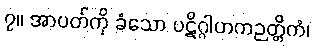
၇။ အာပတ်ကို ခံသော ပဋိဂ္ဂါဟကဉတ္တိကံ၊